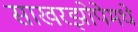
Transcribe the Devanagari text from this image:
साखरझोपेमधे